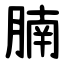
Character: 腩